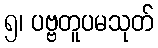
၅၊ ပဗ္ဗတူပမသုတ်